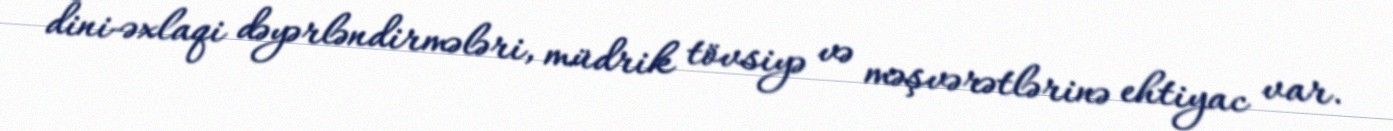
dini-əxlaqi dəyərləndirmələri, müdrik tövsiyə və məşvərətlərinə ehtiyac var.